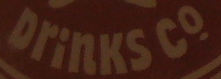
Drinks co.